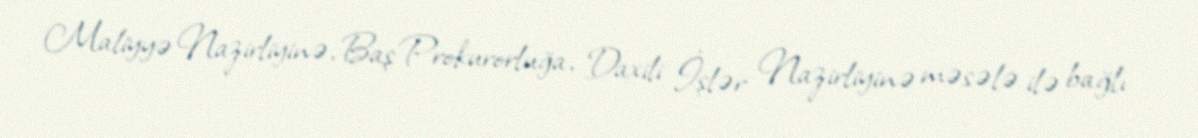
Maliyyə Nazirliyinə, Baş Prokurorluğa, Daxili İşlər Nazirliyinə məsələ ilə bağlı